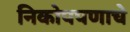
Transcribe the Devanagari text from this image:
निकोपपणाचे